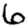
Digit: 6